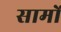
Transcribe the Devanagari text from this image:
सामों